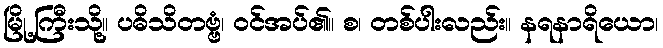
မြို့ကြီးသို့။ ပဓိသိတဗ္ဗံ၊ ဝင်အပ်၏။ စ၊ တစ်ပါးလည်း။ နရနာရိယော၊